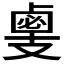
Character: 𢻛